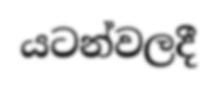
යටන්වලදී